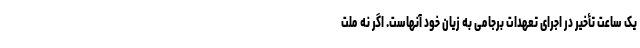
یک ساعت تأخیر در اجرای تعهدات برجامی به زیان خود آنهاست. اگر نه ملت